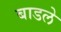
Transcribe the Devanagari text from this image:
बाडले